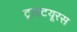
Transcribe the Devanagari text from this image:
ट्राइटयूरस